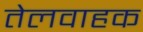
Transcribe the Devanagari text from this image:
तेलवाहक